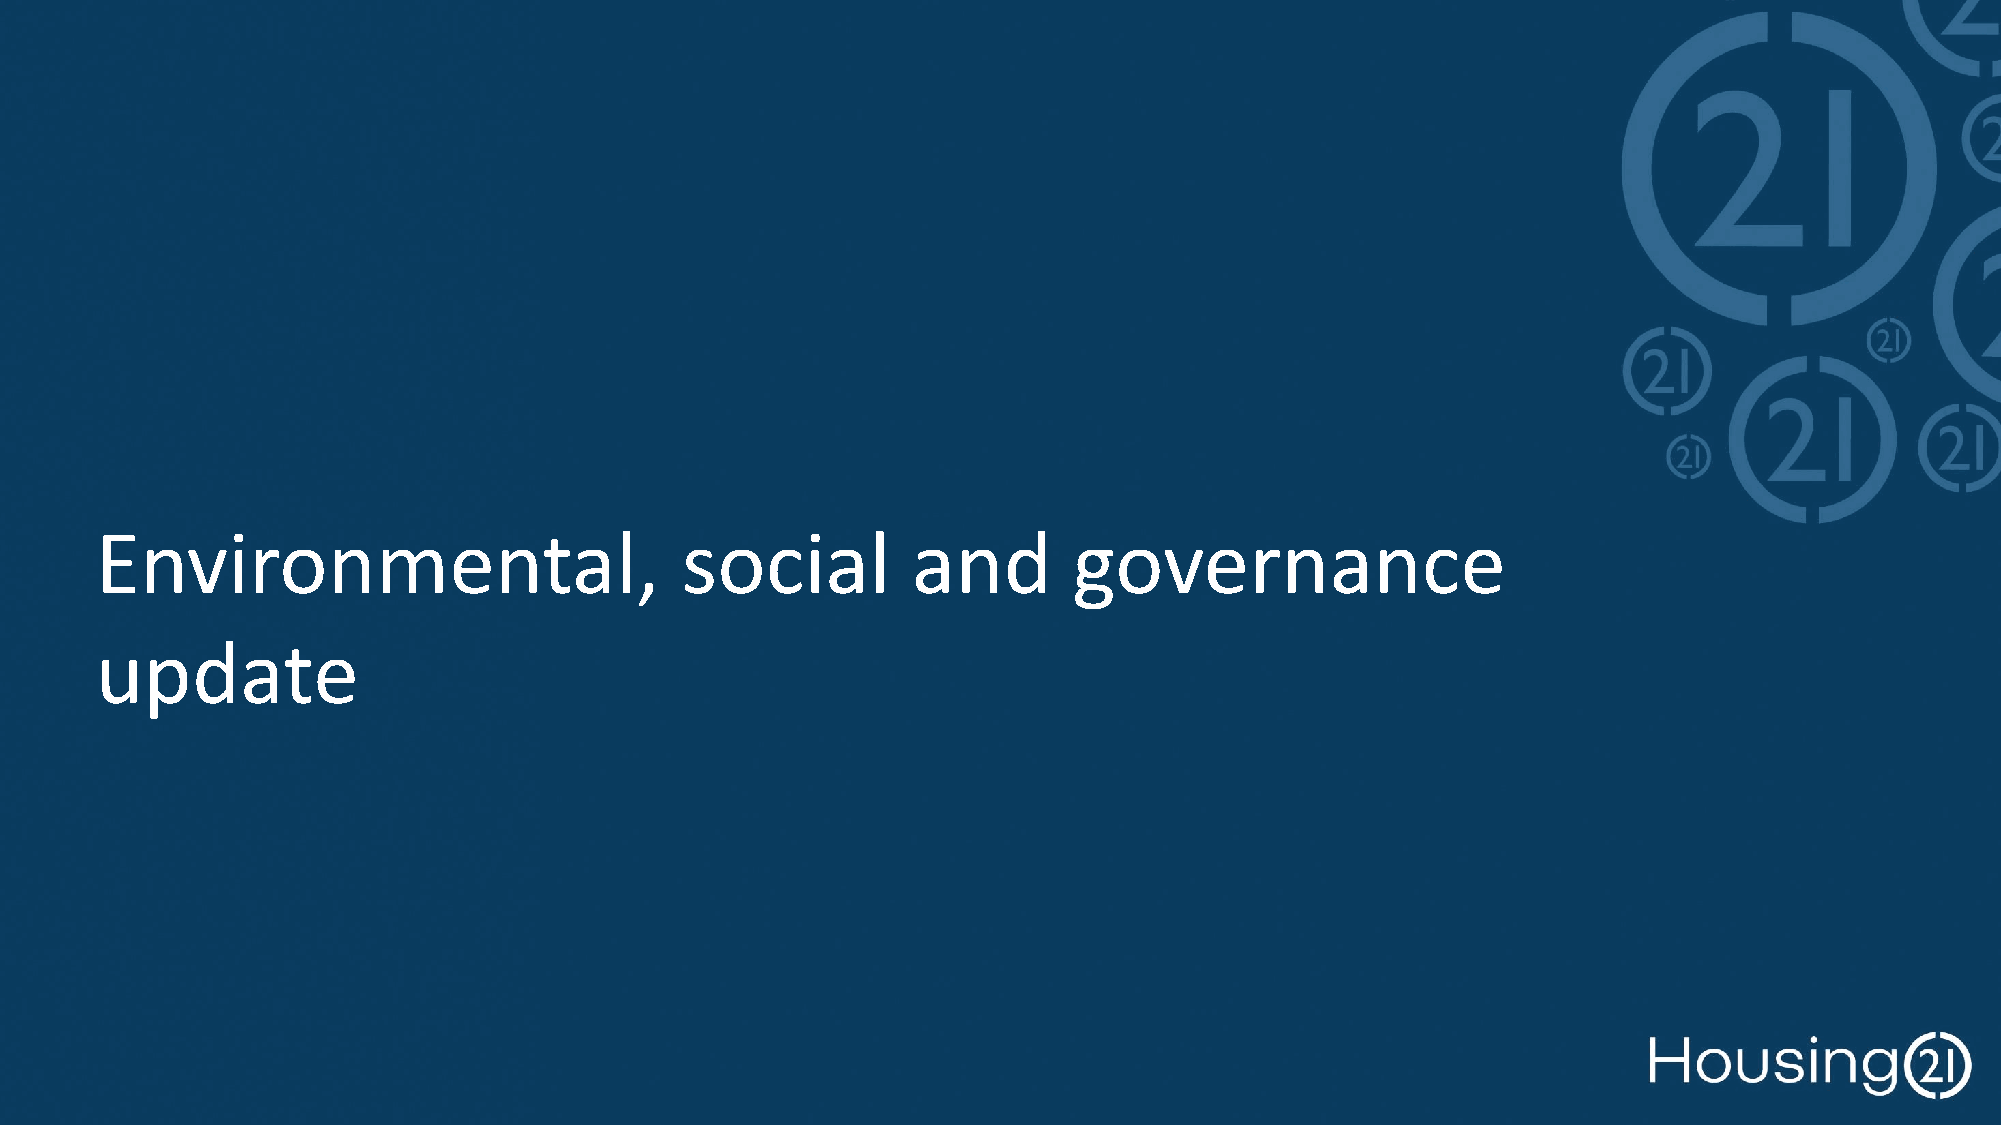
Environmental,                         social         and        governance
 update